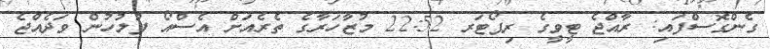
ގެންގޮސްފައި: ރާއްޖެ ޓީވީގެ ރިޕޯޓަރ 22:52 މުޒާހަރާގެ ތެރެއަށް އެސްއޯ ފުލުހުން ވަދެއްޖެ